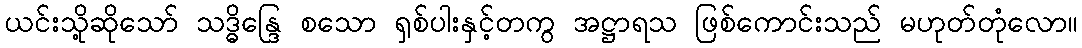
ယင်းသို့ဆိုသော် သဒ္ဓိန္ဒြေ စသော ရှစ်ပါးနှင့်တကွ အဋ္ဌာရသ ဖြစ်ကောင်းသည် မဟုတ်တုံလော။